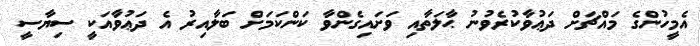
އެމީހުންގެ މައްޗަށް ދަޢުވާކުރެވުނު ޙާލަތާއި ވަށައިގެންވާ ކަންކަމަށް ބަލާއިރު އެ ދަޢުވާއަކީ ސިޔާސީ